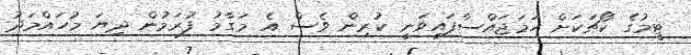
ޓީމުގެ ކޯޗަކަށް ހަމަޖައްސާފައިވަނީ ކުރިން ވެސް އެ މަގާމު ފުރަމުން ދިޔަ މުހައްމަދު